Papaver somniferum - Opium : an extract from the sixth volume of the Dictionary of Economic Products of India
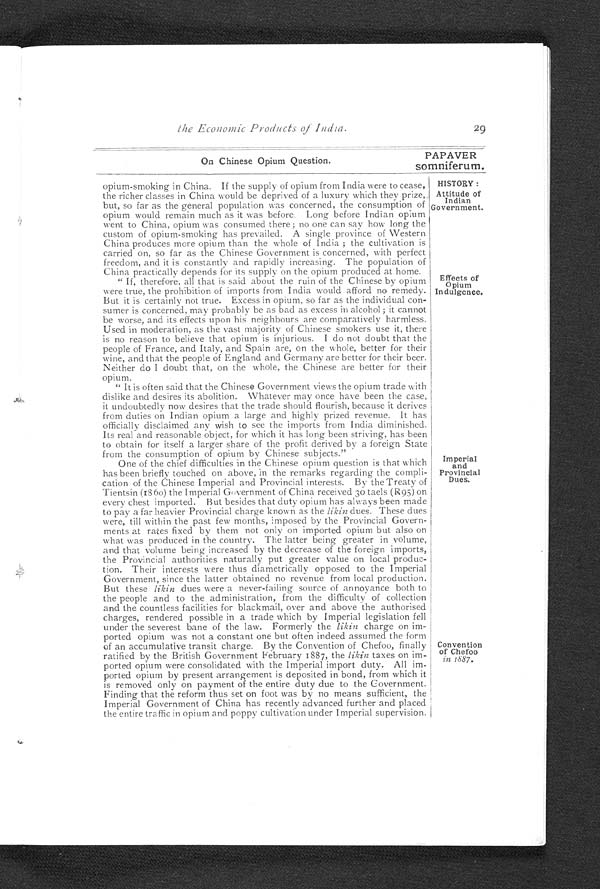
29
PAPAVER
somniferum.
the Economic Products of India.
On Chinese Opium Question.
opium-smoking in China. If the supply of opium from India were to cease,
the richer classes in China would be deprived of a luxury which they prize,
but, so far as the general population was concerned, the consumption of
opium would remain much as it was before. Long before Indian opium
went to China, opium was consumed there; no one can say how long the
custom of opium-smoking has prevailed. A single province of Western
China produces more opium than the whole of India; the cultivation is
carried on, so far as the Chinese Government is concerned, with perfect
freedom, and it is constantly and rapidly increasing. The population of
China practically depends for its supply on the opium produced at home.
" If, therefore, all that is said about the ruin of the Chinese by opium
were true, the prohibition of imports from India would afford no remedy.
But it is certainly not true. Excess in opium, so far as the individual con-
sumer is concerned, may probably be as bad as excess in alcohol; it cannot
be worse, and its effects upon his neighbours are comparatively harmless.
Used in moderation, as the vast majority of Chinese smokers use it, there
is no reason to believe that opium is injurious. I do not doubt that the
people of France, and Italy, and Spain are, on the whole, better for their
wine, and that the people of England and Germany are better for their beer.
Neither do I doubt that, on the whole, the Chinese are better for their
opium.
HISTORY:
Attitude of
Indian
Government.
Effects of
Opium
Indulgence.
" It is often said that the Chinese Government views the opium trade with
dislike and desires its abolition. Whatever may once have been the case,
it undoubtedly now desires that the trade should flourish, because it derives
from duties on Indian opium a large and highly prized revenue. It has
officially disclaimed any wish to see the imports from India diminished.
Its real and reasonable object, for which it has long been striving, has been
to obtain for itself a larger share of the profit derived by a foreign State
from the consumption of opium by Chinese subjects."
One of the chief difficulties in the Chinese opium question is that which
has been briefly touched on above, in the remarks regarding the compli-
cation of the Chinese Imperial and Provincial interests. By the Treaty of
Tientsin (1860) the Imperial Government of China received 3o taels (R95) on
every chest imported. But besides that duty opium has always been made
to pay a far heavier Provincial charge known as the likin dues. These dues
were, till within the past few months, imposed by the Provincial Govern-
ments at rates fixed by them not only on imported opium but also on
what was produced in the country. The latter being greater in volume,
and that volume being increased by the decrease of the foreign imports,
the Provincial authorities naturally put greater value on local produc-
tion. Their interests were thus diametrically opposed to the Imperial
Government, since the latter obtained no revenue from local production.
But these likin dues were a never-failing source of annoyance both to
the people and to the administration, from the difficulty of collection
and the countless facilities for blackmail, over and above the authorised
charges, rendered possible in a trade which by Imperial legislation fell
under the severest bane of the law. Formerly the likin charge on im-
ported opium was not a constant one but often indeed assumed the form
of an accumulative transit charge. By the Convention of Chefoo, finally
ratified by the British Government February 1887, the likin taxes on im-
ported opium were consolidated with the Imperial import duty. All im-
ported opium by present arrangement is deposited in bond, from which it
is removed only on payment of the entire duty due to the Government.
Finding that the reform thus set on foot was by no means sufficient, the
Imperial Government of China has recently advanced further and placed
the entire traffic in opium and poppy cultivation under Imperial supervision.
Imperial
and
Provincial
Dues.
Convention
of Chefoo
in 1887.